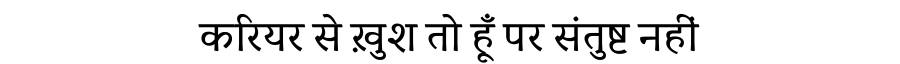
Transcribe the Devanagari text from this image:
करियर से ख़ुश तो हूँ पर संतुष्ट नहीं